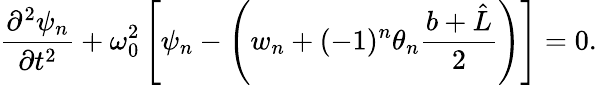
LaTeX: \frac{\partial^{2}\psi_{n}}{\partial t^{2}}+\omega_{0}^{2}\left[\psi_{n}-\left(w_{n}+(-1)^{n}\theta_{n}\frac{b+\hat{L}}{2}\right)\right]=0.